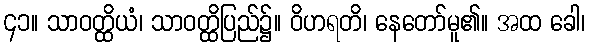
၄၁။ သာဝတ္ထိယံ၊ သာဝတ္ထိပြည်၌။ ဝိဟရတိ၊ နေတော်မူ၏။ အထ ခေါ၊